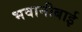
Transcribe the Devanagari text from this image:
भवानीबाई